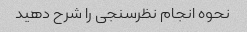
نحوه انجام نظرسنجی را شرح دهید